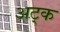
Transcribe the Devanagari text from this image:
अट्क